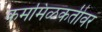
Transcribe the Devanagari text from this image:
कममिळकतीवर